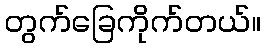
တွက်ခြေကိုက်တယ်။